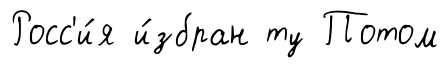
Росс'и́я и́збран ту Потом